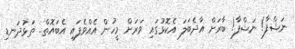
ނަޝްފާ! ނަޝްފާ! ބާރަަށް އާދެބަލަ އެކޮޅުގައި ވަރަށް މީހުން އެއްވެފައި އެބައޮތް.. ތަޅުދަނޑި